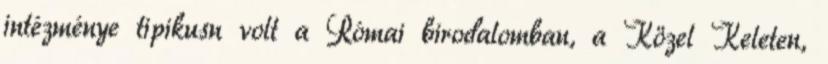
intézménye tipikusn volt a Római birodalomban, a Közel Keleten,